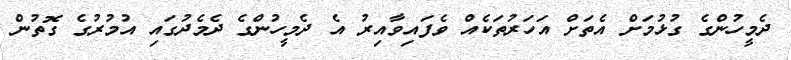
ދެމީހުންގެ ގުޅުމަށް އެތަށް އަހަރުތަކެއް ވެފައިވާއިރު އެ ދެމީހުންގެ ދެމެދުގައި އުމުރުގެ ގޮތުން